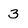
Character: 3